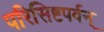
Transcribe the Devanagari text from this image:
परिसिष्टपर्वन्‌